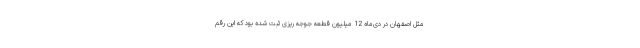
مثل اصفهان در دی‌ماه 12 میلیون قطعه جوجه ریزی ثبت شده بود که این رقم